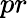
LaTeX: pr